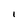
Character: l